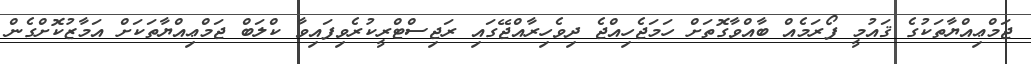
ޖަމްޢިއްޔާތަކުގެ ޤައުމީ ފޯރަމެއް ބާއްވާގޮތަށް ހަމަޖެހިއްޖެ ދިވެހިރާއްޖޭގައި ރަޖިސްޓްރީކުރެވިފައިވާ ކްލަބް ޖަމްޢިއްޔާތަކަށް އަމާޒުކޮށްގެން